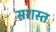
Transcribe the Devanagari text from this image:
सशस्त